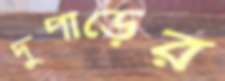
দুপাড়ের